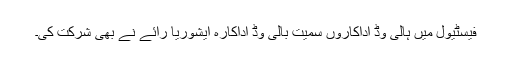
فیسٹیول میں ہالی وڈ اداکاروں سمیت بالی وڈ اداکارہ ایشوریا رائے نے بھی شرکت کی۔